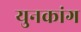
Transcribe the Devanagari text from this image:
युनकांग